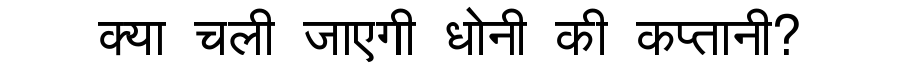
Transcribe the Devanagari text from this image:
क्या चली जाएगी धोनी की कप्तानी?